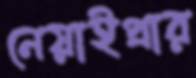
নেয়াইপ্রার